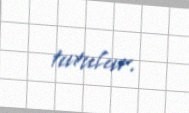
tutulur.